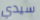
سيدي